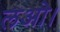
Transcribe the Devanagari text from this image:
लओ।